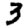
Digit: 3